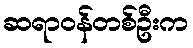
ဆရာဝန်တစ်ဦးက